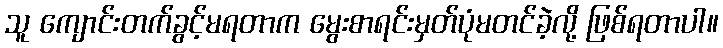
သူ ကျောင်းတက်ခွင့်မရတာက မွေးစာရင်းမှတ်ပုံမတင်ခဲ့လို့ ဖြစ်ရတာပါ။